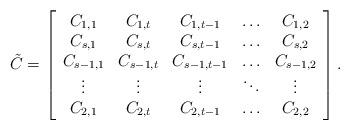
LaTeX: \begin{align*}\tilde C = \left[\begin{array}{ccccc}C_{1,1} & C_{1,t} & C_{1,t-1} & \hdots & C_{1,2} \\C_{s,1} & C_{s,t} & C_{s,t-1} & \hdots & C_{s,2} \\C_{s-1,1} & C_{s-1,t} & C_{s-1,t-1} & \hdots & C_{s-1,2} \\\vdots & \vdots & \vdots & \ddots & \vdots \\C_{2,1} & C_{2,t} & C_{2,t-1} & \hdots & C_{2,2} \\\end{array}\right].\end{align*}